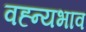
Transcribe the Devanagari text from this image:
वह्न्यभाव